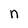
Character: n